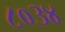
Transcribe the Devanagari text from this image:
८०३४